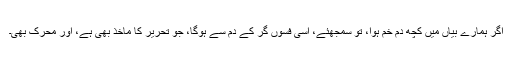
اگر ہمارے بیاں میں کچھ دم خم ہوا، تو سمجھئے، اُسی فسوں گر کے دم سے ہوگا، جو تحریر کا ماخذ بھی ہے، اور محرک بھی۔